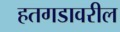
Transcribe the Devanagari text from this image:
हतगडावरील